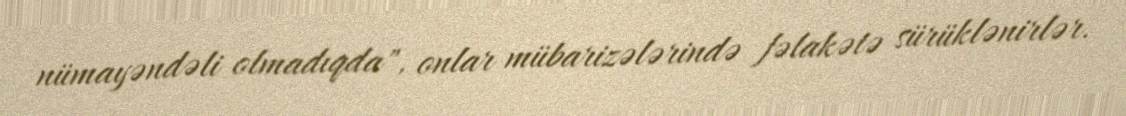
nümayəndəli olmadıqda", onlar mübarizələrində fəlakətə sürüklənirlər.